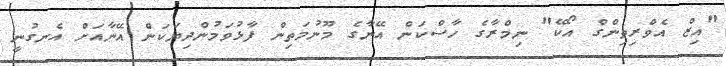
"އިޒް އެވްރިތިންގް އޯކޭ" ނިމްރާގެ ހާސްކަން އޭނާގެ މޫނުމަތިން ފާޅުވަމުންދިޔަކަން އޭނާއަށް އެނގުނީ